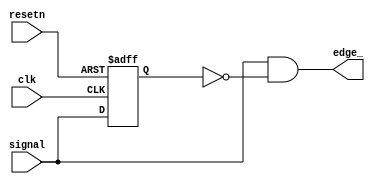
module Pos_detector (
    input wire clk, 
    input wire resetn, 
    input wire signal, 
    output wire edge_
); 

reg signalQ; 

always @ (posedge clk or negedge resetn) begin 
   if (~resetn) 
     signalQ <= 0; 
   else 
     signalQ <= signal; 
end

assign edge_ = (signal && ~signalQ); 
 
endmodule